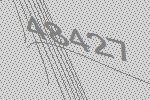
48427